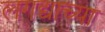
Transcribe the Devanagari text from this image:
लगद्याच्या